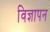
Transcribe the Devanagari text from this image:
विज्ञापन